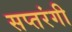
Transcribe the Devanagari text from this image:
सप्‍तरंगी